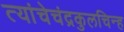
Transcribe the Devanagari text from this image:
त्यांचेचंद्रकुलचिन्ह